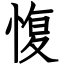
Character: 愎